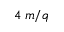
4 \; m / q